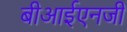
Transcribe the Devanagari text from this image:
बीआईएनजी